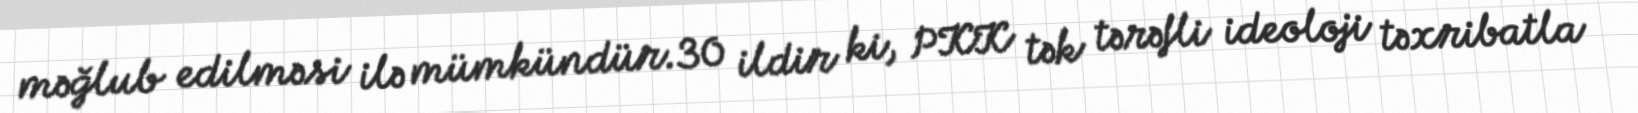
məğlub edilməsi ilə mümkündür.30 ildir ki, PKK tək tərəfli ideoloji təxribatla